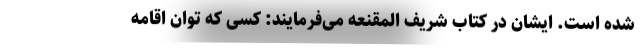
شده است. ایشان در کتاب شریف المقنعه می‌فرمایند‌: کسی که توان اقامه